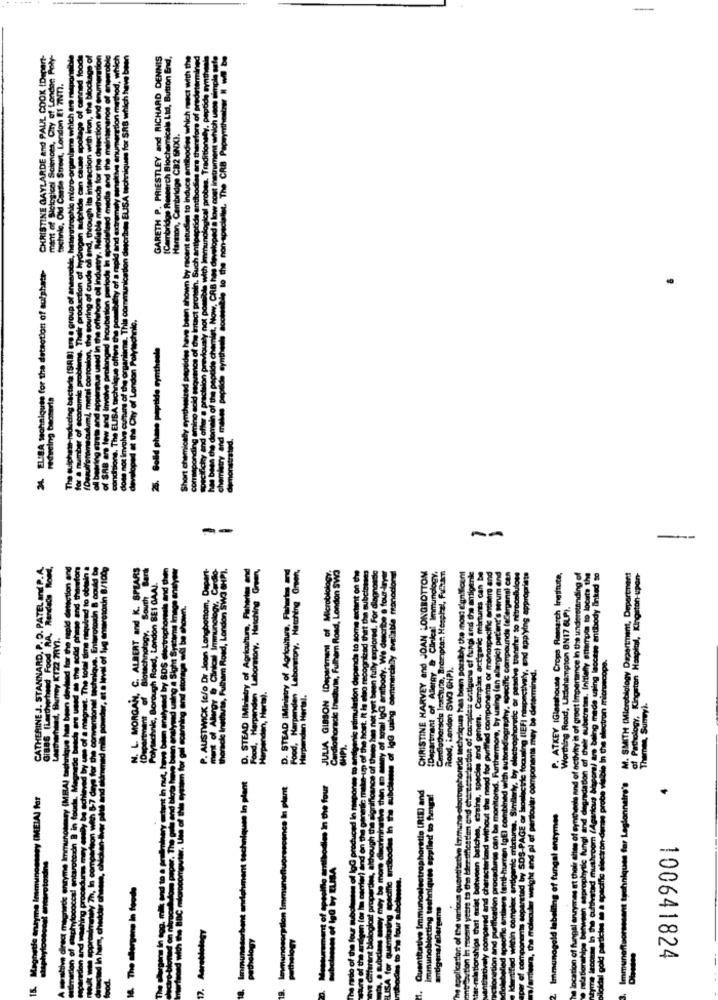
CHRISTINE GAYLARDE and PAUL COOK IDEcart-
ment of Biological Sciences, Cry of London Poly-
hetnrgtrophie micro-organismne which are miaporsible
canned food
GARETH P. PRIESTLEY and RICHARD DENNIS
march Biochemicals Lid, Butson End,
own by recent stucken to induce antibodies which react with the
blockage
gical probes. Traditionaly, peptide anthe
ved a low cost instrument which unos simple
aclalet. The CRB Papwymthestrw
peptide antibodies are therefore of pr
Harston, Cambridge C32 SRDCI.
Street
to the n
34. ELISA techniques for the detection of sulphate-
Cynthiash
25. Solid phase peptide syntheel.
redweing beotarta
Short e
The
-
N. L. MORGAN, C. ALBERT and K. SPEARS
of Alergy · Clinton Immunology, Cardio-
huis, Fulham Road, London Swla CPi.
Laboratory, Hatching Gfh
D. STEAD (Ministry of Agriculture, Fisheries and
Laboratory, Hatching Oneh,
dlothoracic thedarin, Fulham Road, London SWO
de to some extent on the
d. For dlagnonde
ulose
cynprends and of activity is of great Importance In the understanding of
cation of thele substrates. Initially attempts to locate the
mal are being made using leccese antibody linked to
Polytechnic, Borough Road, London BEI GAA).
Commercially available monocions
CHRISTINE HARVEY and JOAN LONGBOTTOM
trophoretic technique has been porsloly the most significant
ditesseradon of complex entiguna ef fungi and the antigenle
species and gener. Complex antiganic mixtures can be
and for purified components or monospecific andaard and
ly, by electrophoretic or passive transfer to nitrocellulose
P. ATKEY (Glasshouse Crops Remarch Institute,
M. SMITH (Microbiology Dapartment, Deport-nant
y SDS electrophoresis and
ve been onehand using a Sight Syeting bank and
P. AUSTWICK te/o Dr Joon Longhonom, Dep
D. STEAD IMinistry of Agriculture, Fisheries
Doc) patient's Mrum a
JULIA GIBSON (Department Of ici
becelwily, End applying appr
Worthing Rood, Utdehampton BN17 ELP).
aspital, Kingat
Bergy & Clinkeat
ecifle compoun
CATHERINE J. STANNARD, P.
cific electron-dense probe visible In the electron microscope.
of Pathology, Kingston Hospit
Road, London SWO GHP).
componenti mey be determined.
for gal sownining and ator
Food. Harpenden
Harpenden, Hertel.
Food, Harpunde
Harpenden Hertel.
mic rmulad
host. It ho oh
Themen, Sunwy).
ot lgG using
ersche Ina
CHP).
plant
niques far Legionnaire's
ant
bodies in the four
Immunoassay (ME)A) far
estrophoratio (RIE) and
Imunogold labelling of fungal enzymes
uws applied
eurotordne
hment to
The såergens in foodhe
orbene
Quantitative lenmur
immunoblotting tes
tion of fungal
nmuneffe
100641824